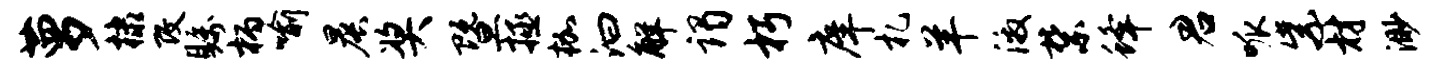
萝棣改瞩柄喻晨奖暨拯枷汩解谒朽庠札羊激禁蜂君呱紫材渺